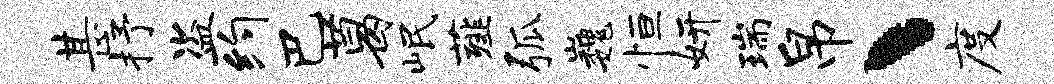
甚抒盗约巴葛岷薤弧巍恒妍瑞帛丶度